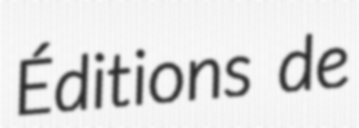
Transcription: Éditions de